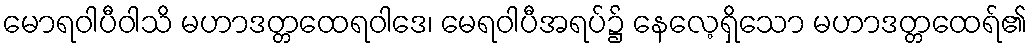
မောရဝါပီဝါသိ မဟာဒတ္တထေရဝါဒေ၊ မေရဝါပီအရပ်၌ နေလေ့ရှိသော မဟာဒတ္တထေရ်၏